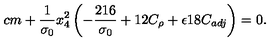
\hspace { 2 c m } + \frac { 1 } { \sigma _ { 0 } } x _ { 4 } ^ { 2 } \left( - \frac { 2 1 6 } { \sigma _ { 0 } } + 1 2 C _ { \rho } + \epsilon 1 8 C _ { a d j } \right) = 0 .